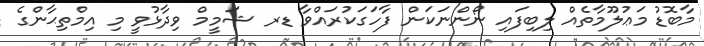
މާބޮޑު މަޢުލޫމާތެއް ލިބިފައި ނޯންނަކަން ފާހަގަކުރައްވާ ޑރ ޝަމީމް ވިދާޅުވީ މި އިމްތިޙާންގެ